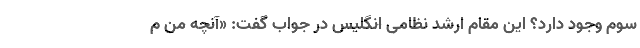
سوم وجود دارد؟ این مقام ارشد نظامی انگلیس در جواب گفت: «آنچه من م